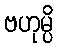
ဗဟုမ္ပိ